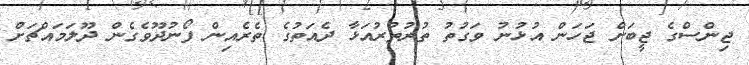
ޖިންސްގެ ޖީބަށް ޖަހަން އުޅުނު ވަގުތު ތުރުތުރުއަޅާ ދެއަތުގެ ތެރެއިން ފޯނުދޫވެގެން ދޫލަމައްޗަށް